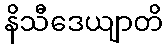
နိသီဒေယျာတိ